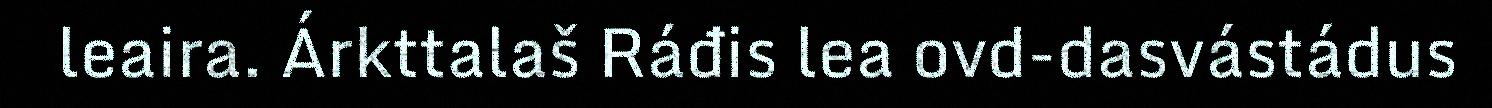
leaira. Árkttalaš Ráđis lea ovd-dasvástádus